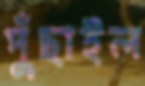
পুঁছাইল